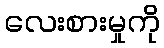
လေးစားမှုကို